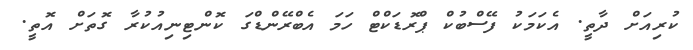
ކުރިއަށް ދާތީ. އެކަމަކު ފޭސްބުކް ޕްރޮޑަކްޓް ހަމަ އެބްރޭންޑްގަ ކޮންޓިނިއުކުރާ ގޮތަށް އޮތީ.